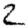
Digit: 2